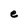
Character: e